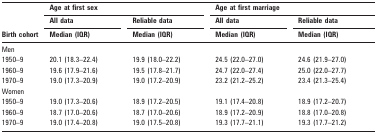
<table><thead><tr><td rowspan="3"><b>Birth cohort</b></td><td colspan="2"><b>Age at first sex</b></td><td colspan="2"><b>Age at first marriage</b></td></tr><tr><td><b>All data</b></td><td><b>Reliable data</b></td><td><b>All data</b></td><td><b>Reliable data</b></td></tr><tr><td><b>Median (IQR)</b></td><td><b>Median (IQR)</b></td><td><b>Median (IQR)</b></td><td><b>Median (IQR)</b></td></tr></thead><tbody><tr><td>Men</td><td></td><td></td><td></td><td></td></tr><tr><td>1950–9</td><td>20.1 (18.3–22.4)</td><td>19.9 (18.0–22.2)</td><td>24.5 (22.0–27.0)</td><td>24.6 (21.9–27.0)</td></tr><tr><td>1960–9</td><td>19.6 (17.9–21.6)</td><td>19.5 (17.8–21.7)</td><td>24.7 (22.0–27.4)</td><td>25.0 (22.0–27.7)</td></tr><tr><td>1970–9</td><td>19.0 (17.3–20.9)</td><td>19.0 (17.2–20.9)</td><td>23.2 (21.2–25.2)</td><td>23.4 (21.3–25.4)</td></tr><tr><td>Women</td><td></td><td></td><td></td><td></td></tr><tr><td>1950–9</td><td>19.0 (17.3–20.6)</td><td>18.9 (17.2–20.5)</td><td>19.1 (17.4–20.8)</td><td>18.9 (17.2–20.7)</td></tr><tr><td>1960–9</td><td>18.7 (17.0–20.6)</td><td>18.7 (17.0–20.6)</td><td>18.9 (17.2–20.9)</td><td>18.8 (17.0–20.8)</td></tr><tr><td>1970–9</td><td>19.0 (17.4–20.8)</td><td>19.0 (17.5–20.8)</td><td>19.3 (17.7–21.1)</td><td>19.3 (17.7–21.2)</td></tr></tbody></table>